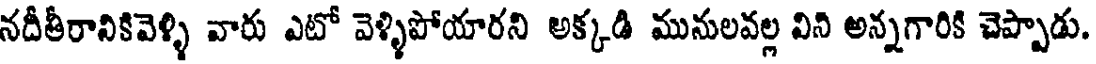
నదీతీరానికివెళ్ళి వారు ఎటో వెళ్ళిపోయారని అక్కడి మునులవల్ల విని అన్నగారికి చెప్పాడు.